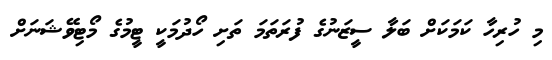
މި ހުރިހާ ކަމަކަށް ބަލާ ސީޒަނުގެ ފުރަތަމަ ތަށި ހޯދުމަކީ ޓީމުގެ މޯޓިވޭޝަނަށް